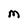
Character: M